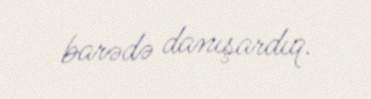
barədə danışardıq.